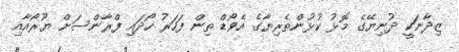
ޒިދާނަކީ ދުނިޔޭގެ މޮޅު ކުޅުންތެރިޔާގެ އެވޯޑް ތިން ފަހަރު ހޯދައި ފްރާންސަށް ޔޫރޯއާއި